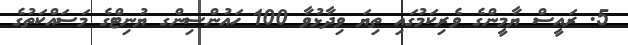
5. ރައީސް ޔާމީންގެ ވެރިކަމުގައި ތިޔަ ވިދާޅުވާ 100 ހައުންސިންގ ޔުނިޓްގެ މަސައްކަތުގެ